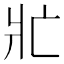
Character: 𭶿